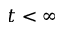
t < \infty